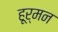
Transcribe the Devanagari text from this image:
हूर्मन